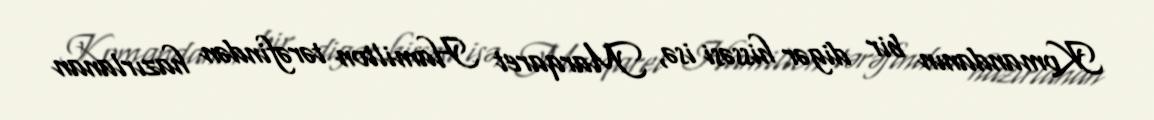
Komandanın bir digər hissəsi isə, Marqaret Hamilton tərəfindən hazırlanan